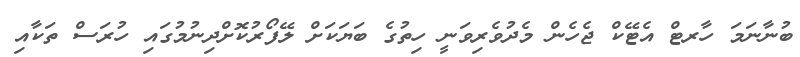
ބުނާނަމަ ހާރޓް އެޓޭކް ޖެހެން މެދުވެރިވަނީ ހިތުގެ ބަޔަކަށް ލޭފޯރުކޮށްދިނުމުގައި ހުރަސް ތަކާއި